Report on the bubonic plague in Bombay, 1896-1897
Year: 1896
Disease focus: Plague
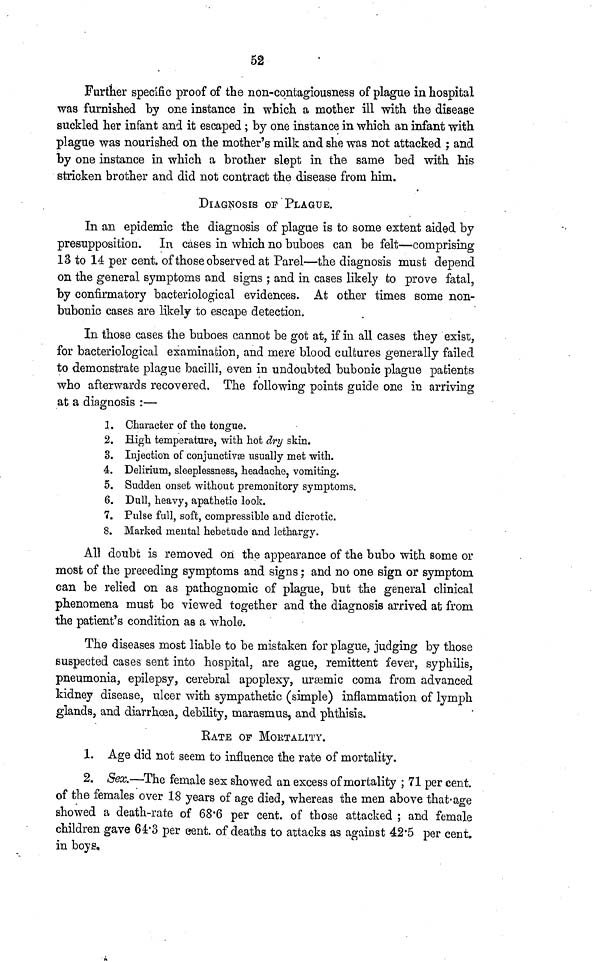
52
Further specific proof of the non-contagiousness of plague in hospital
was furnished by one instance in which a mother ill with the disease
suckled her infant and it escaped; by one instance in which an infant with
plague was nourished on the mother's milk and she was not attacked ; and
by one instance in which a brother slept in the same bed with his
stricken brother and did not contract the disease from him.
DIAGNOSIS OE PLAGUE.
In an epidemic the diagnosis of plague is to some extent aided by
presupposition. In cases in which no buboes can be felt—comprising
13 to 14 per cent, of those observed at Parel—the diagnosis must depend
on the general symptoms and signs ; and in cases likely to prove fatal,
by confirmatory bacteriological evidences. At other times some non-
bubonic cases are likely to escape detection.
In those cases the buboes cannot be got at, if in all cases they exist,
for bacteriological examination, and mere blood cultures generally failed
to demonstrate plague bacilli, even in undoubted bubonic plague patients
who afterwards recovered. The following points guide one in arriving
at a diagnosis :—
1. Character of the tongue.
2. High temperature, with hot dry skin.
3. Injection of conjunctivae usually met with.
4. Delirium, sleeplessness, headache, vomiting.
5. Sudden onset without premonitory symptoms.
6. Dull, heavy, apathetic look.
7. Pulse full, soft, compressible and dicrotic.
8. Marked mental hebetude and lethargy.
All doubt is removed on the appearance of the bubo with some or
most of the preceding symptoms and signs; and no one sign or symptom
can be relied on as pathognomic of plague, but the general clinical
phenomena must be viewed together and the diagnosis arrived at from
the patient's condition as a whole.
The diseases most liable to be mistaken for plague, judging by those
suspected cases sent into hospital, are ague, remittent fever, syphilis,
pneumonia, epilepsy, cerebral apoplexy, uremic coma from advanced
kidney disease, ulcer with sympathetic (simple) inflammation of lymph
glands, and diarrhoea, debility, marasmus, and phthisis.
RATE OF MORTALITY.
1. Age did not seem to influence the rate of mortality.
2. Sex.—The female sex showed an excess of mortality ; 71 per cent.
of the females over 18 years of age died, whereas the men above that age
showed a death-rate of 68.6 per cent, of those attacked ; and female
children gave 64.3 per cent, of deaths to attacks as agaiust 42.5 per cent
in boys.